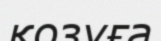
қозуға